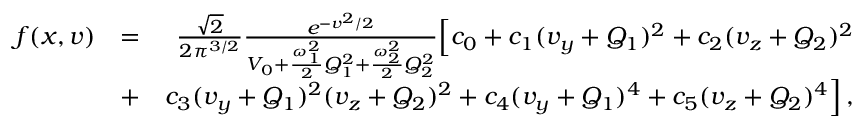
\begin{array} { r l r } { f ( x , \boldsymbol { v } ) } & { = } & { \frac { \sqrt { 2 } } { 2 \pi ^ { 3 / 2 } } \frac { e ^ { - v ^ { 2 } / 2 } } { V _ { 0 } + \frac { \omega _ { 1 } ^ { 2 } } { 2 } Q _ { 1 } ^ { 2 } + \frac { \omega _ { 2 } ^ { 2 } } { 2 } Q _ { 2 } ^ { 2 } } \Big [ c _ { 0 } + c _ { 1 } ( v _ { y } + Q _ { 1 } ) ^ { 2 } + c _ { 2 } ( v _ { z } + Q _ { 2 } ) ^ { 2 } } \\ & { + } & { c _ { 3 } ( v _ { y } + Q _ { 1 } ) ^ { 2 } ( v _ { z } + Q _ { 2 } ) ^ { 2 } + c _ { 4 } ( v _ { y } + Q _ { 1 } ) ^ { 4 } + c _ { 5 } ( v _ { z } + Q _ { 2 } ) ^ { 4 } \Big ] \, , } \end{array}